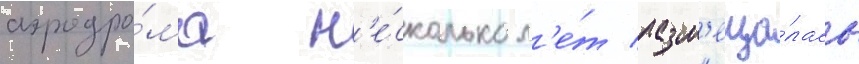
аэродро́ма н'е́сколько л'е́т разм'еща́лась